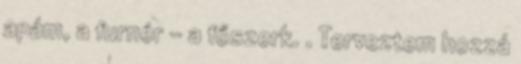
apám, a furnér - a főszerk. . Terveztem hozzá